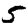
Digit: 5